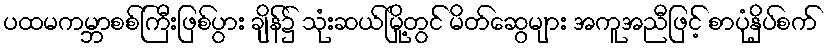
ပထမကမ္ဘာစစ်ကြီးဖြစ်ပွား ချိန်၌ သုံးဆယ်မြို့တွင် မိတ်ဆွေများ အကူအညီဖြင့် စာပုံနှိပ်စက်